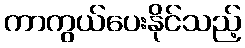
ကာကွယ်ပေးနိုင်သည့်